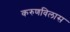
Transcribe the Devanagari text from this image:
करुणविलास